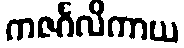
ကဇင်္ဂလိကာယ